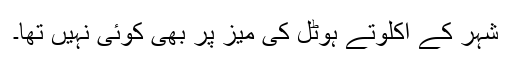
شہر کے اکلوتے ہوٹل کی میز پر بھی کوئی نہیں تھا۔